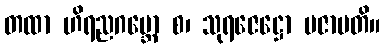
တထာ ဟိရညဂဗ္ဘော စ၊ သုရဇေဋ္ဌော ပဇာပတိ။